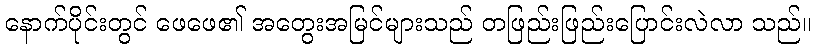
နောက်ပိုင်းတွင် ဖေဖေ၏ အတွေးအမြင်များသည် တဖြည်းဖြည်းပြောင်းလဲလာ သည်။